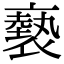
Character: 褻